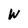
Character: W